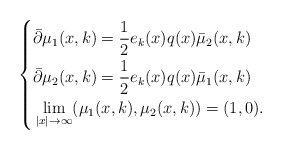
\begin{align*}\left \{\begin{aligned}&\bar \partial \mu _ 1(x,k)= \frac 1 2 e_k(x) q(x) \bar \mu _2 (x,k) \\&\bar \partial \mu _2 ( x,k) = \frac 1 2 e_k (x) q(x) \bar \mu _1(x,k) \\&\lim _ { |x| \rightarrow \infty } ( \mu _ 1(x,k) , \mu _2 (x,k) ) = (1,0).\end{aligned}\right. \end{align*}